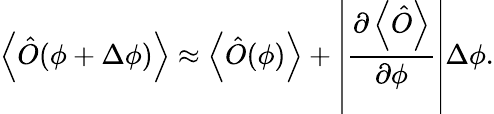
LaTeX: \left\langle\hat{O}(\phi+\Delta\phi)\right\rangle\approx\left\langle\hat{O}(\phi)\right\rangle+\left\vert\frac{\partial\left\langle\hat{O}\right\rangle}{\partial\phi}\right\vert\Delta\phi.